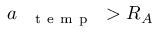
a _ { \mathrm { ~ \textbf ~ { ~ t ~ e ~ m ~ p ~ } ~ } } > R _ { A }